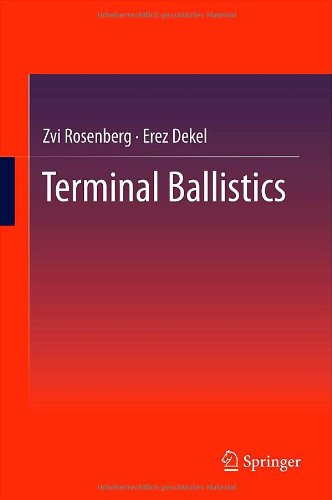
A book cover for Terminal Ballistics; Zvi Rosenberg; Science & Math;